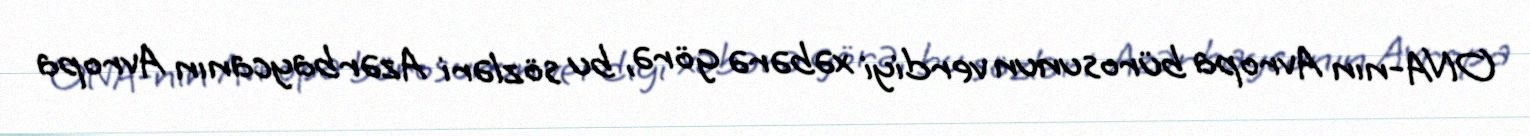
ONA-nın Avropa bürosunun verdiyi xəbərə görə, bu sözləri Azərbaycanın Avropa